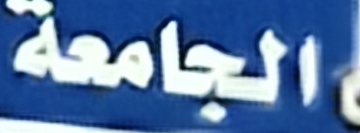
الجامعة